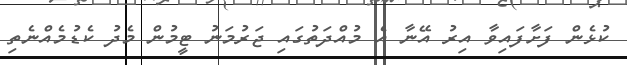
ކުޅެން ފަށާފައިވާ އިރު އޭނާ އެ މުއްދަތުގައި ޖަރުމަނު ޓީމުން މެދު ކެޑުމެއްނެތި